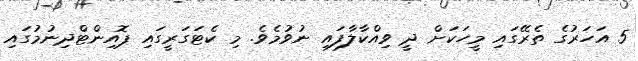
5 އަހަރުގެ ތެރޭގައި މީހަކަށް ދީ ވިއްކާލާފައި ނުވުމެވެ. މި ކެޓަގަރީގައި ޕޮއިންޓްދިނުމުގައި